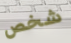
شخص